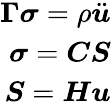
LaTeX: \begin{array}{r}{\boldsymbol{\Gamma}\boldsymbol{\sigma}=\rho\ddot{\boldsymbol{u}}}\\ {\boldsymbol{\sigma}=\boldsymbol{CS}}\\ {\boldsymbol{S}=\boldsymbol{H}\boldsymbol{u}}\end{array}